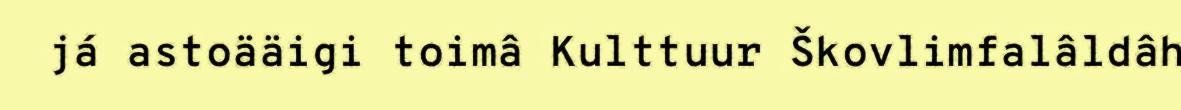
já astoääigi toimâ Kulttuur Škovlimfalâldâh